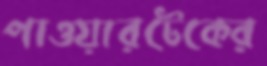
পাওয়ারটেকের